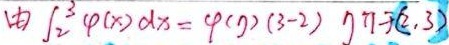
由 $\int_{2}^{3} \varphi(x) \mathrm{d} x=\varphi(\eta)(3 - 2) \quad \eta\in(2,3)$